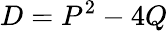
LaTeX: D=P^{2}-4Q